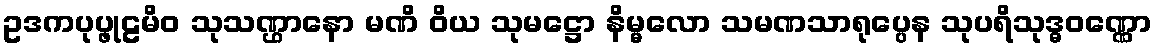
ဥဒကပုပ္ဖုဠမိဝ သုသဏ္ဌာနော မဏိ ဝိယ သုမဋ္ဌော နိမ္မလော သမဏသာရုပ္ပေန သုပရိသုဒ္ဓဝဏ္ဏော